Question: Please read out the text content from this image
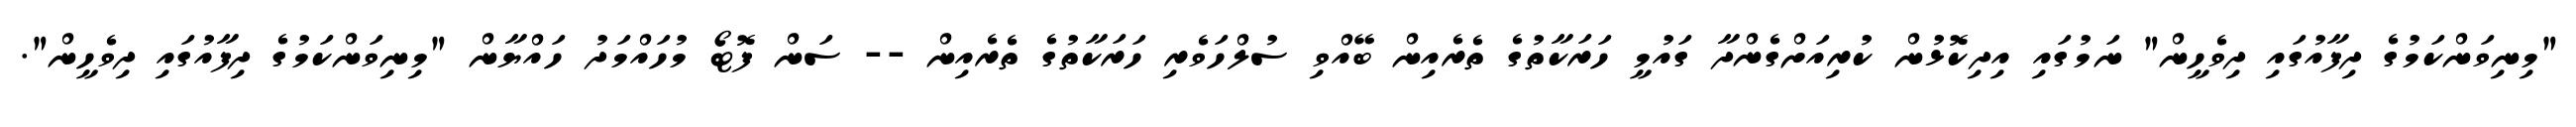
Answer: "މިނިވަންކަމުގެ ދިފާއުގައި ދިވެހީން" ނަމުގައި އިދިކޮޅުން ކުރިއަށްގެންދާ ގައުމީ ހަރަކާތުގެ ތެރެއިން ބޭއްވި ސުލްހަވެރި ހަރަކާތުގެ ތެރެއިން -- ސަން ފޮޓޯ މުހައްމަދު ހައްޔާން "މިނިވަންކަމުގެ ދިފާއުގައި ދިވެހީން".